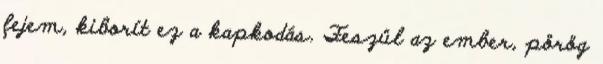
fejem, kiborít ez a kapkodás. Feszül az ember, pörög